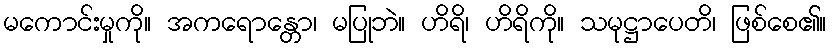
မကောင်းမှုကို။ အကရောန္တော၊ မပြုဘဲ။ ဟိရိ၊ ဟိရိကို။ သမုဋ္ဌာပေတိ၊ ဖြစ်စေ၏။